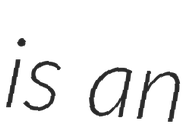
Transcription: is an